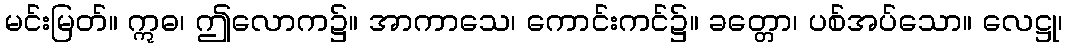
မင်းမြတ်။ ဣဓ၊ ဤလောက၌။ အာကာသေ၊ ကောင်းကင်၌။ ခတ္တော၊ ပစ်အပ်သော။ လေဋ္ဌု၊